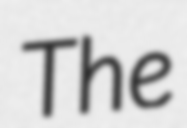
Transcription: The